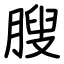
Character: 膄